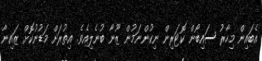
އެބައިން މިހާރު ސައިބޯން ކޮޓަރިން ނިކުންނަމުން ޒޫނާ ބުނެލިއެވެ. އިތުރަށް މަޑުނުކޮށް ޒައިނާ